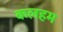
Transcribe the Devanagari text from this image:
कलहम